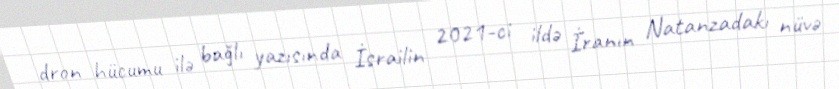
dron hücumu ilə bağlı yazısında İsrailin 2021-ci ildə İranın Natanzadakı nüvə